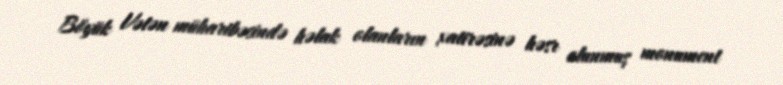
Böyük Vətən müharibəsində həlak olanların xatirəsinə həsr olunmuş monument